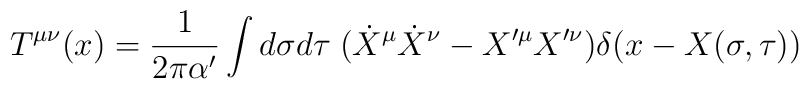
T^{\mu\nu}(x)=\frac{1}{2\pi\alpha'}\int d\sigma d\tau   \;(\dot{X}^{\mu}\dot{X}^{\nu}-X'^{\mu}X'^{\nu})\delta(x-X(\sigma,\tau))